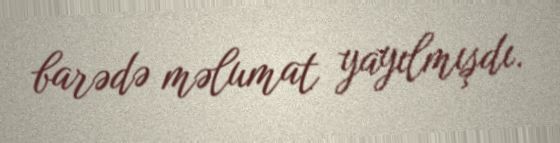
barədə məlumat yayılmışdı.